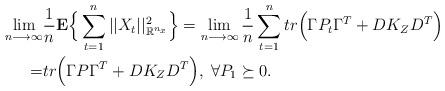
LaTeX: \begin{align*}\lim_{n \longrightarrow \infty}& \frac{1}{n} {\bf E} \Big\{\sum_{t=1}^{n} ||X_t||_{{\mathbb R}^{n_x}}^2\Big\}= \lim_{n \longrightarrow \infty} \frac{1}{n} \sum_{t=1}^{n} tr \Big(\Gamma P_t \Gamma^T +D K_{Z}D^T\Big) \\=& tr \Big(\Gamma P \Gamma^T +D K_{Z}D^T\Big), \; \forall P_1\succeq 0. \end{align*}